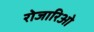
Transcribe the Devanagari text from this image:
रोजारिओ